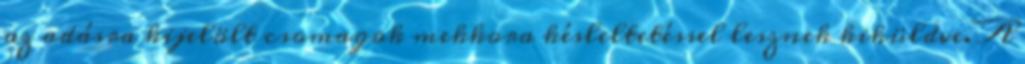
az adásra kijelölt csomagok mekkora késleltetéssel lesznek kiküldve. A